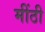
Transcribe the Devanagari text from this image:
मींठी